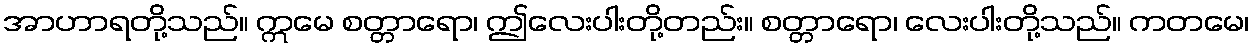
အာဟာရတို့သည်။ ဣမေ စတ္တာရော၊ ဤလေးပါးတို့တည်း။ စတ္တာရော၊ လေးပါးတို့သည်။ ကတမေ၊